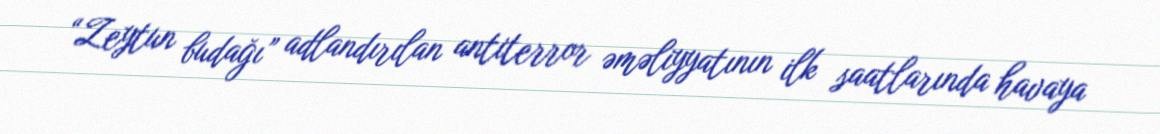
“Zeytun budağı” adlandırılan antiterror əməliyyatının ilk saatlarında havaya